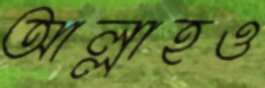
আল্লাহও